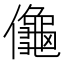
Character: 𱏜